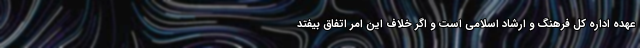
عهده اداره کل فرهنگ و ارشاد اسلامی است و اگر خلاف این امر اتفاق بیفتد